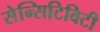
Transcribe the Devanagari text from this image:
सेन्सिटिविटी